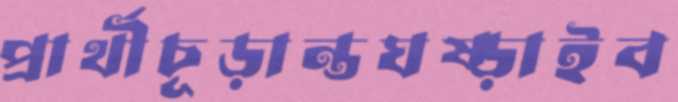
প্রার্থীচূড়ান্তঘষ্‌ড়াইব